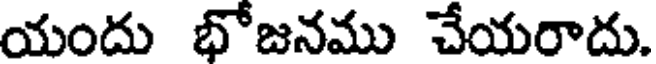
యందు భోజనము చేయరాదు.